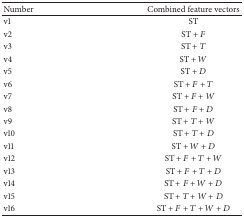
<table><thead><tr><td><b>Number</b></td><td><b>Combined feature vectors</b></td></tr></thead><tbody><tr><td>v1</td><td>ST</td></tr><tr><td>v2</td><td>ST + <i>F</i></td></tr><tr><td>v3</td><td>ST + <i>T</i></td></tr><tr><td>v4</td><td>ST + <i>W</i></td></tr><tr><td>v5</td><td>ST + <i>D</i></td></tr><tr><td>v6</td><td>ST + <i>F</i> + <i>T</i></td></tr><tr><td>v7</td><td>ST + <i>F</i> + <i>W</i></td></tr><tr><td>v8</td><td>ST + <i>F</i> + <i>D</i></td></tr><tr><td>v9</td><td>ST + <i>T</i> + <i>W</i></td></tr><tr><td>v10</td><td>ST + <i>T</i> + <i>D</i></td></tr><tr><td>v11</td><td>ST + <i>W</i> + <i>D</i></td></tr><tr><td>v12</td><td>ST + <i>F</i> + <i>T</i> + <i>W</i></td></tr><tr><td>v13</td><td>ST + <i>F</i> + <i>T</i> + <i>D</i></td></tr><tr><td>v14</td><td>ST + <i>F</i> + <i>W</i> + <i>D</i></td></tr><tr><td>v15</td><td>ST + <i>T</i> + <i>W</i> + <i>D</i></td></tr><tr><td>v16</td><td>ST + <i>F</i> + <i>T</i> + <i>W</i> + <i>D</i></td></tr></tbody></table>